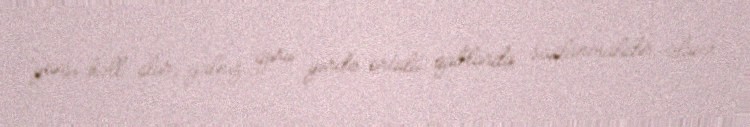
yaxşı həll olur, yalnız quru yerdə örtülü qablarda saxlanmalıdır, əlavə